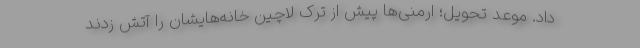
داد. موعد تحویل؛ ارمنی‌ها پیش از ترک لاچین خانه‌هایشان را آتش زدند